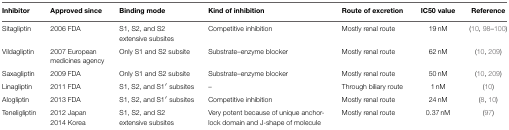
| Inhibitor | Approved since | Binding mode | Kind of inhibition | Route of excretion | IC50 value | Reference |
 | --- | --- | --- | --- | --- | --- | --- |
 | Sitagliptin | 2006 FDA | S1, S2, and S2 extensive subsites | Competitive inhibition | Mostly renal route | 19 nM | (10, 98–100) |
 | Vildagliptin | 2007 European medicines agency | Only S1 and S2 subsite | Substrate–enzyme blocker | Mostly renal route | 62 nM | (10, 209) |
 | Saxagliptin | 2009 FDA | Only S1 and S2 subsite | Substrate–enzyme blocker | Mostly renal route | 50 nM | (10, 209) |
 | Linagliptin | 2011 FDA | S1, S2, and S1′ subsites | – | Through biliary route | 1 nM | (10) |
 | Alogliptin | 2013 FDA | S1, S2, and S1′ subsites | Competitive inhibition | Mostly renal route | 24 nM | (8, 10) |
 | Teneligliptin | 2012 Japan | S1, S2, and S2 extensive subsites | Very potent because of unique anchor-lock domain and J-shape of molecule | Mostly renal route | 0.37 nM | (97) |
 |  | 2014 Korea |  |